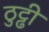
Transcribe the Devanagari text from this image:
ठुट्ढी